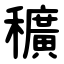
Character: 穬